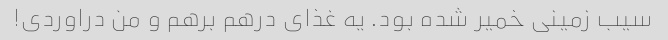
سیب زمینی خمیر شده بود. یه غذای درهم برهم و من دراوردی!